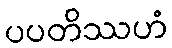
ပပတိဿဟံ